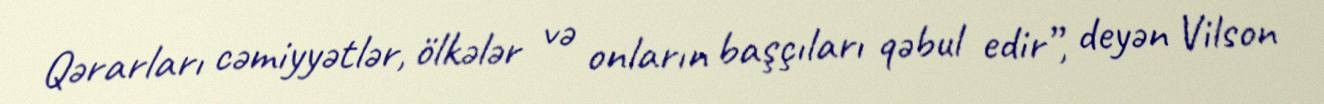
Qərarları cəmiyyətlər, ölkələr və onların başçıları qəbul edir”, deyən Vilson